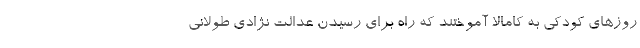
روزهای کودکی به کامالا آموختند که راه برای رسیدن عدالت نژادی طولانی